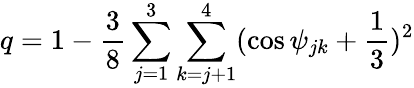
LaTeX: q=1-\frac{3}{8}\sum_{j=1}^{3}\sum_{k=j+1}^{4}(\cos\psi_{jk}+\frac{1}{3})^{2}